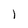
Character: l